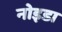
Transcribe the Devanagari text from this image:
नोइडा